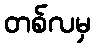
တစ်လမှ